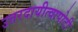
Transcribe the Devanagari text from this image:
उत्तरदायीत्वापोटी